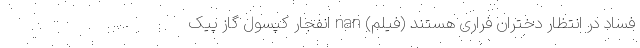
فساد در انتظار دختران فراری هستند (فیلم) nan انفجار کپسول گاز پیک